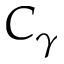
C _ { \gamma }